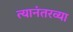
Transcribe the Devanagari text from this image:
त्यानंतरव्या